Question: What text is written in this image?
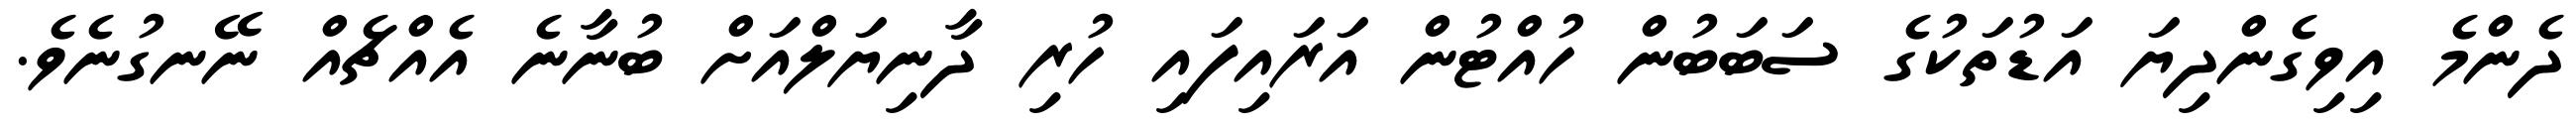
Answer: ދެންމެ އިވިގެންދިޔަ އަޑުތަކުގެ ސަބަބުން ހުއްޓުން އަރައިފައި ހުރި ދާނިޔަލްއަށް ބުނާނެ އެއްޗެއް ނޭނގުނެވެ.